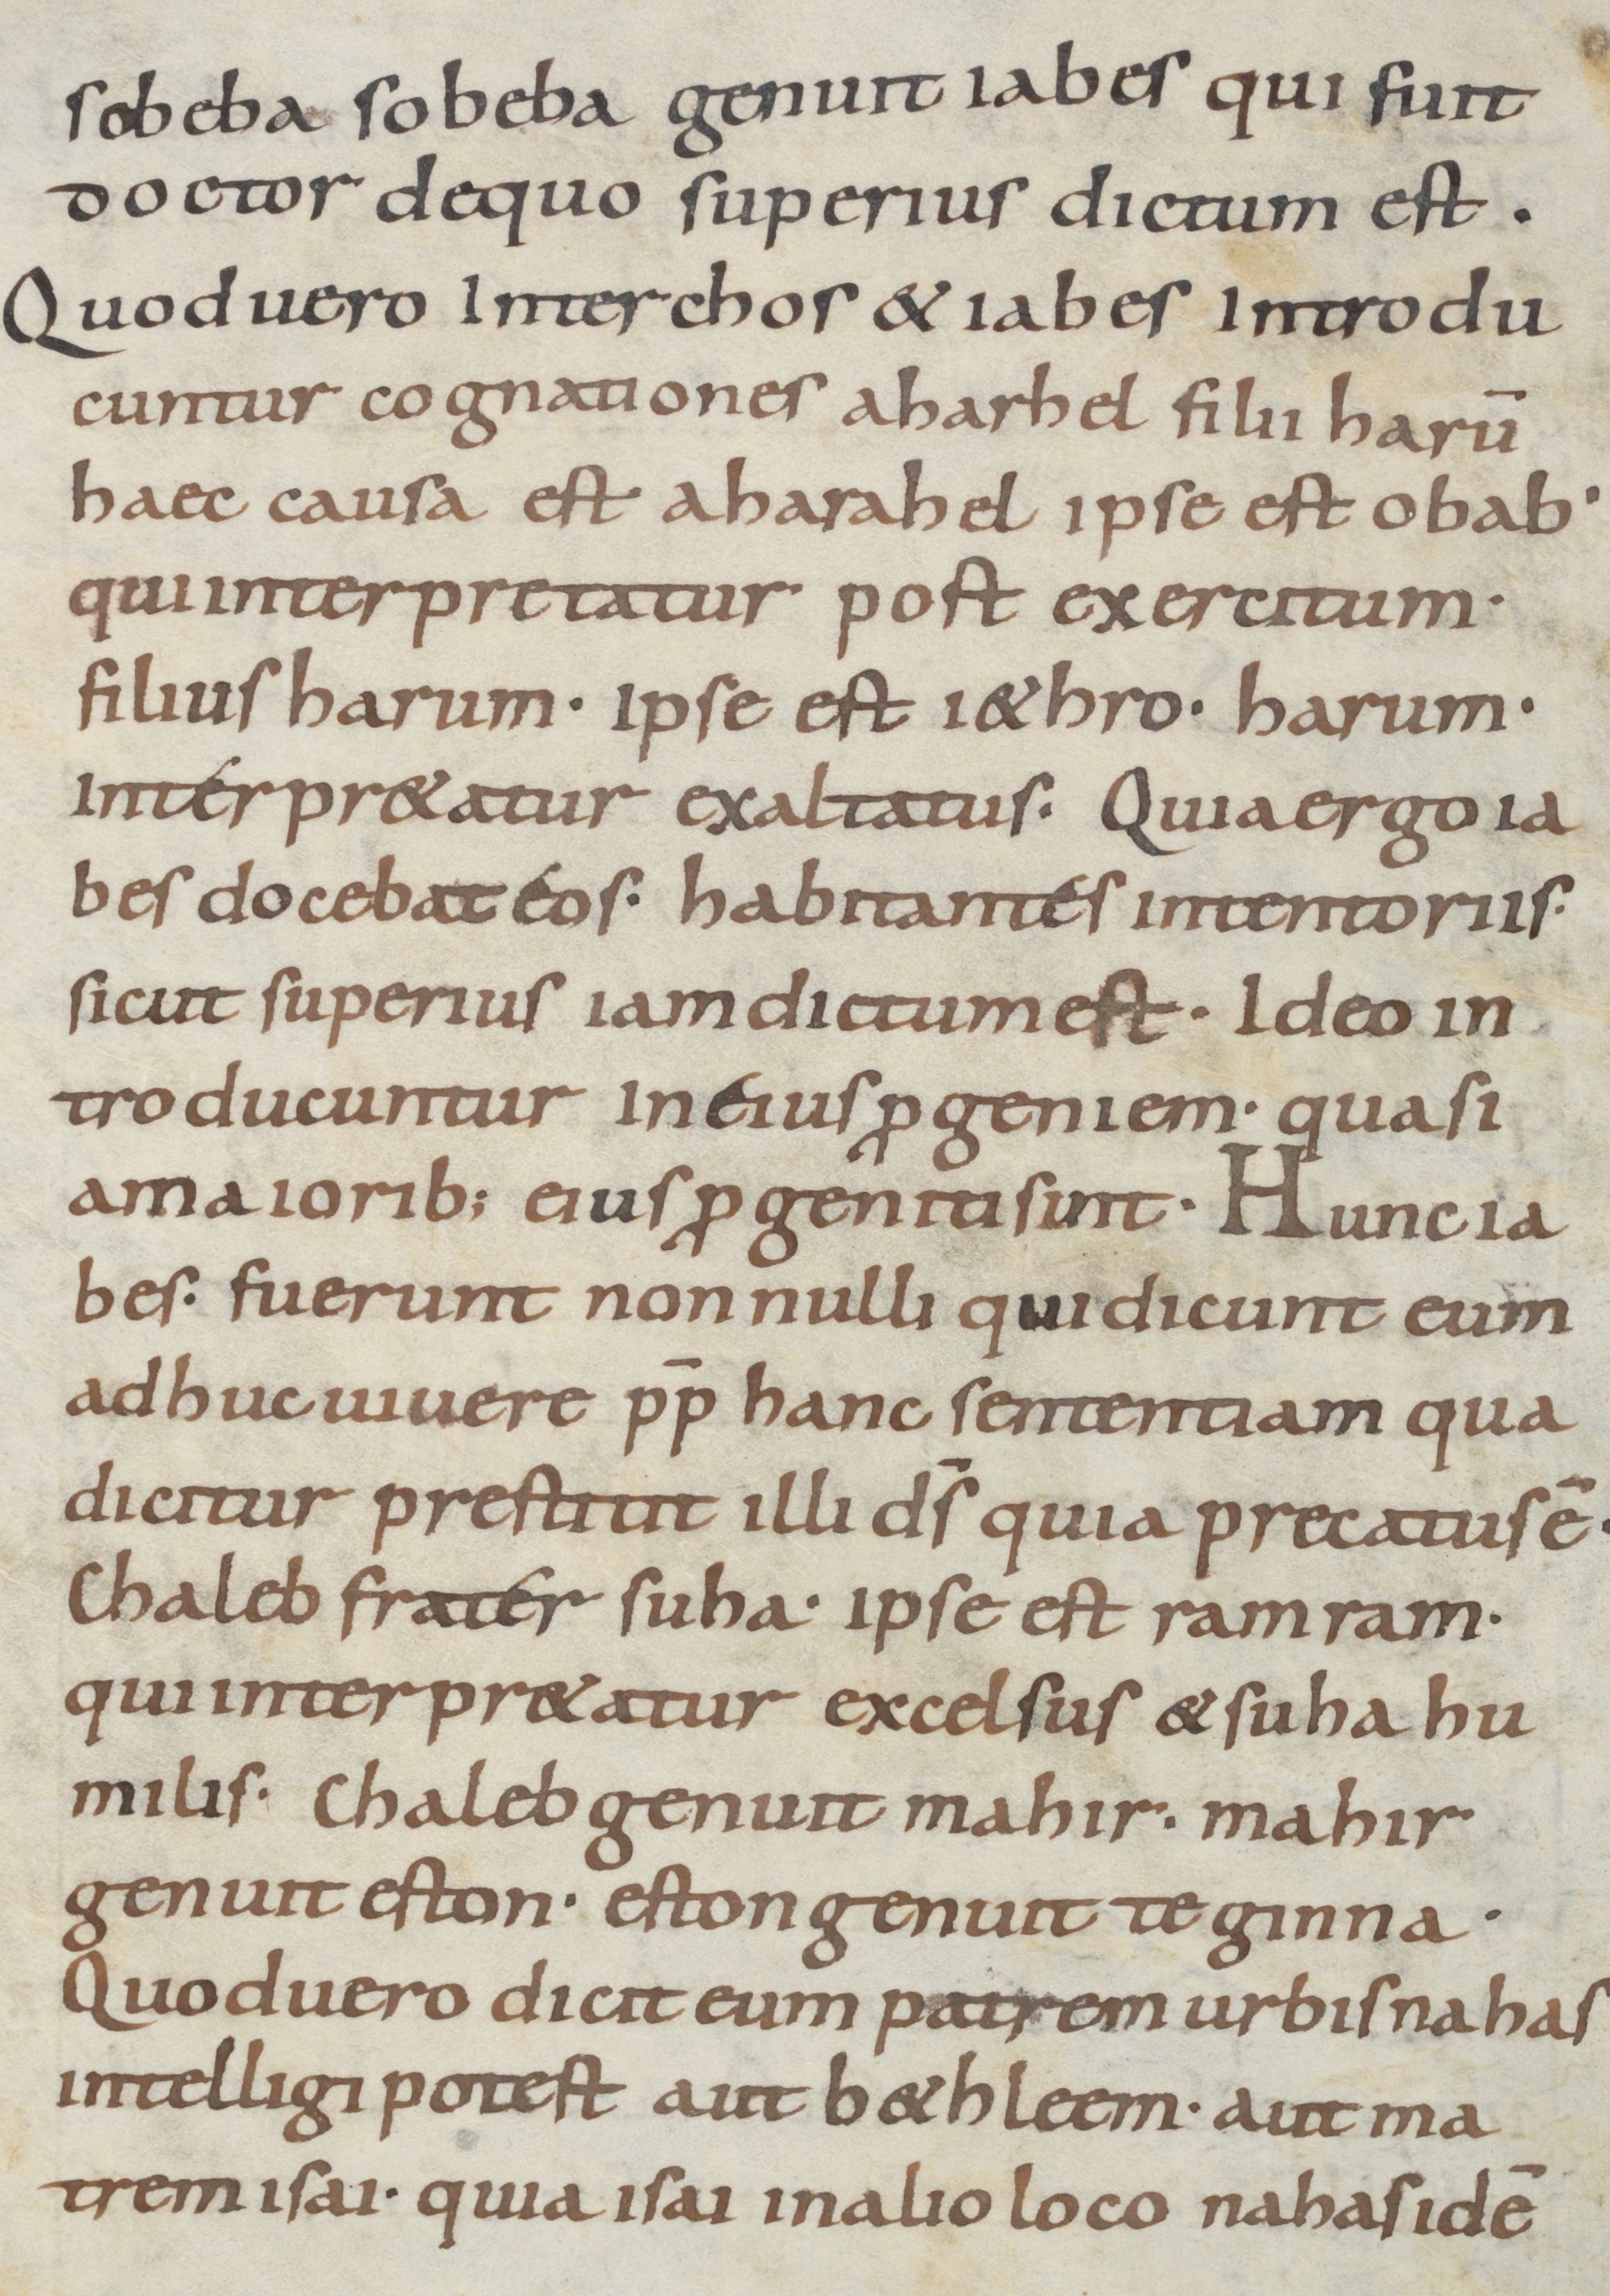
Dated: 800–899